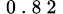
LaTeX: _\mathrm{~0~.~8~2~}